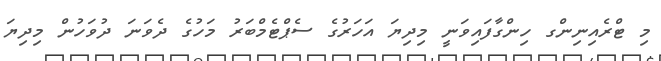
މި ޓްރެއިނިންގ ހިންގާފައިވަނީ މިދިޔަ އަހަރުގެ ސެޕްޓެމްބަރު މަހުގެ ދެވަނަ ދުވަހުން މިދިޔަ